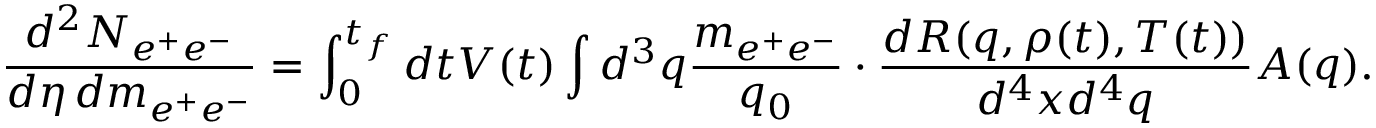
\frac { d ^ { 2 } N _ { e ^ { + } e ^ { - } } } { d \eta \, d m _ { e ^ { + } e ^ { - } } } = \int _ { 0 } ^ { t _ { f } } d t V ( t ) \int d ^ { 3 } q \frac { m _ { e ^ { + } e ^ { - } } } { q _ { 0 } } \cdot \frac { d R ( q , \rho ( t ) , T ( t ) ) } { d ^ { 4 } x d ^ { 4 } q } A ( q ) .